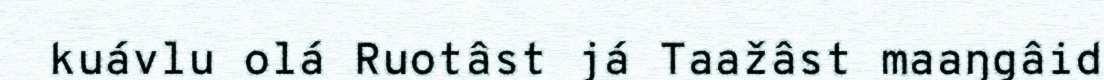
kuávlu olá Ruotâst já Taažâst maaŋgâid